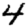
Digit: 4